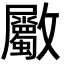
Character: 𣀼